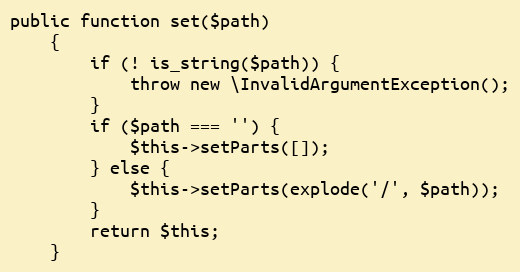
Language: PHP
public function set($path)
	{
		if (! is_string($path)) {
			throw new \InvalidArgumentException();
		}
		if ($path === '') {
			$this->setParts([]);
		} else {
			$this->setParts(explode('/', $path));
		}
		return $this;
	}